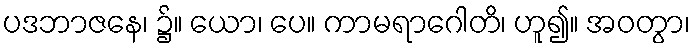
ပဒဘာဇနေ၊ ၌။ ယော၊ ပေ။ ကာမရာဂေါတိ၊ ဟူ၍။ အဝတွာ၊